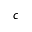
c